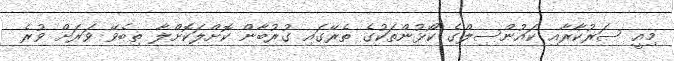
މިއީ ސަރުކާރާއި ކައުންސިލްގެ ކޯޅުންތަކުގެ ތެރޭގައި ގުރުބާން ކޮށްލަކޮށްލާ ތިބެވޭ ވަރަށް ވުރެ